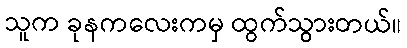
သူက ခုနကလေးကမှ ထွက်သွားတယ်။